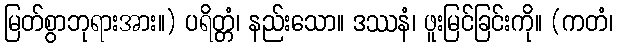
မြတ်စွာဘုရားအား။) ပရိတ္တံ၊ နည်းသော။ ဒဿနံ၊ ဖူးမြင်ခြင်းကို။ (ကတံ၊